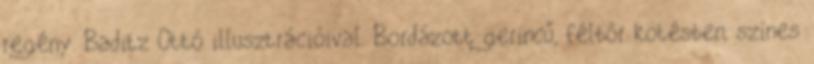
regény. Baditz Ottó illusztrációival. Bordázott gerincű, félbőr kötésben, színes